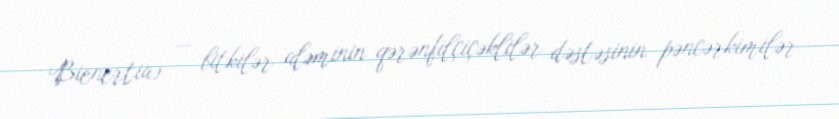
Bienertia) — bitkilər aləminin qərənfilçiçəklilər dəstəsinin pəncərkimilər